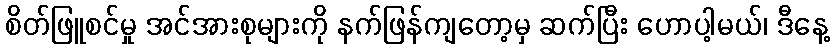
စိတ်ဖြူစင်မှု အင်အားစုများကို နက်ဖြန်ကျတော့မှ ဆက်ပြီး ဟောပါ့မယ်၊ ဒီနေ့